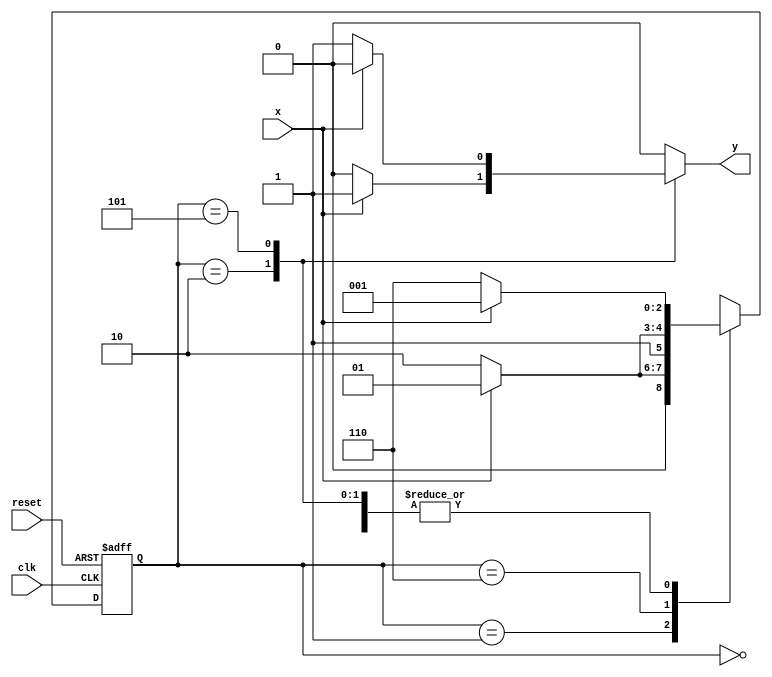
//Nome: Raphaela Fernanda silva
//Matriculo: 420141

`define found    1
`define notfound 0

module ex05_seq101_010 (y,x,clk,reset);

output y;
input  x;
input  clk;
input  reset;

reg    y;

	parameter
		start  = 3'b000,
		id1    = 3'b001,
		id0    = 3'b110,
		id10   = 3'b010,
		id01   = 3'b101;

reg [2:0] E1;
reg [2:0] E2;

	   always @( x or E1 )
		begin
		y = `notfound;

		case ( E1 )
			start:
				if ( x )
					E2 = id1;
				else
					E2 = id0;
				
			id1:
				if ( x )
					E2 = id1;
				else
					E2 = id10;

			id10:
				if ( x )
				begin
					E2 =  id1;
					y  = `found;
				end
				else
				begin
					E2 =  id0;
					y  = `notfound;
				end
			
			id0:
				if ( x )
					E2 = id01;
				else
					E2 = id0;

			id01:
				if ( x )
				begin
					E2 =  id1;
					y  = `notfound;
				end
				else
				begin
					E2 =  id0;
					y  = `found;
				end
	 
			default: 
				E2 =  3'bxxx;
endcase
	  
end 		

		always @( posedge clk or negedge reset )
		begin
			if ( reset )
				E1 = E2;
			else
				E1 = 0;
end 

endmodule

module Ex05;
	
reg   clk, reset, x;
wire  m1;

	ex05_seq101_010 M4(m1,x,clk,reset);

	initial
	begin
		$display("Exercicio05 - Guia10");
		$display("\ntime\tx   seq 101|010" );

       clk   = 1;
       reset = 0;
       x     = 0;


		#10   reset = 1;
		#10  x = 1;
		#10  x = 0;
		#10  x = 0;
		#10  x = 1;
		#10  x = 0;
		#10  x = 1;
		#10  x = 1;
		#10  x = 1;
		#10  x = 1;
		#10  x = 0;
		#10  x = 1;
		#10  x = 1;
		#10  x = 1;
		#10  x = 0;
		#10  x = 1;
		#10  x = 0;
		#10  x = 0;
		#10  x = 0;
		
		#5 $finish;
	
end 

	always
		#5 clk = ~clk;

	always @( posedge clk )
	begin
		$display ( "%4d \t%b\t%b", $time, x, m1);
	end

endmodule